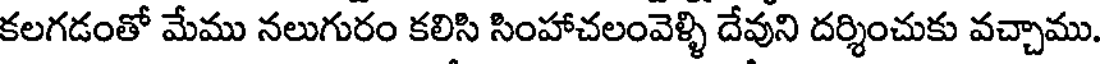
కలగడంతో మేము నలుగురం కలిసి సింహాచలంవెళ్ళి దేవుని దర్శించుకు వచ్చాము.